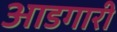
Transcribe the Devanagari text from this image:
आडगारी